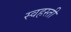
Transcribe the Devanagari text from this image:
स्वहस्ती